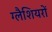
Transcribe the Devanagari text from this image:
ग्लैशियरों